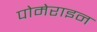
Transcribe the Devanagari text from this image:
पोमेराइन